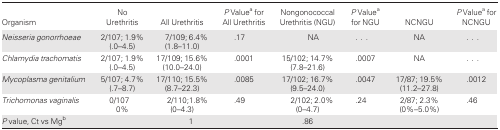
<table><thead><tr><td><b>Organism</b></td><td><b>No Urethritis</b></td><td><b>All Urethritis</b></td><td><b><i>P</i> Value<sup>a</sup> for All Urethritis</b></td><td><b>Nongonococcal Urethritis (NGU)</b></td><td><b><i>P</i> Value<sup>a</sup> for NGU</b></td><td><b>NCNGU</b></td><td><b><i>P</i> Value<sup>a</sup> for NCNGU</b></td></tr></thead><tbody><tr><td><i>Neisseria gonorrhoeae</i></td><td>2/107; 1.9% (.0–4.5)</td><td>7/109; 6.4% (1.8–11.0)</td><td>.17</td><td>NA</td><td>...</td><td>NA</td><td>...</td></tr><tr><td><i>Chlamydia trachomatis</i></td><td>2/107; 1.9% (.0–4.5)</td><td>17/109; 15.6% (10.0–24.0)</td><td>.0001</td><td>15/102; 14.7% (7.8–21.6)</td><td>.0007</td><td>NA</td><td>...</td></tr><tr><td><i>Mycoplasma genitalium</i></td><td>5/107; 4.7% (.7–8.7)</td><td>17/110; 15.5% (8.7–22.3)</td><td>.0085</td><td>17/102; 16.7% (9.5–24.0)</td><td>.0047</td><td>17/87; 19.5% (11.2–27.8)</td><td>.0012</td></tr><tr><td><i>Trichomonas vaginalis</i></td><td>0/107 0%</td><td>2/110;1.8% (0–4.3)</td><td>.49</td><td>2/102; 2.0% (0–4.7)</td><td>.24</td><td>2/87; 2.3% (0%–5.0%)</td><td>.46</td></tr><tr><td><i>P</i> value, Ct vs Mg<sup>b</sup></td><td>[EMPTY_CELL]</td><td>1</td><td>[EMPTY_CELL]</td><td>.86</td><td>[EMPTY_CELL]</td><td>[EMPTY_CELL]</td><td>[EMPTY_CELL]</td></tr></tbody></table>